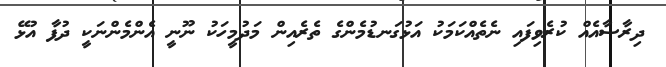
ދިރާސާއެއް ކުރެވިފައި ނެތެއްކަމަކު އަޅުގަނޑުމެންގެ ތެރެއިން މަދުމީހަކު ނޫނީ އެންމެންނަކީ ދުފާ އުޅޭ